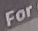
For